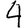
Digit: 4